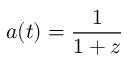
\! a ( t ) = { \frac { 1 } { 1 + z } }